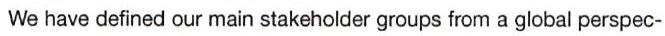
We have defined our main stakeholder groups from a global perspec-